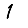
Digit: 1